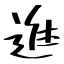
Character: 進